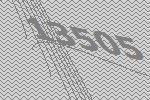
13505